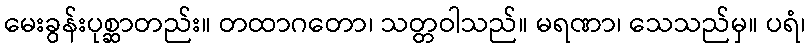
မေးခွန်းပုစ္ဆာတည်း။ တထာဂတော၊ သတ္တဝါသည်။ မရဏာ၊ သေသည်မှ။ ပရံ၊